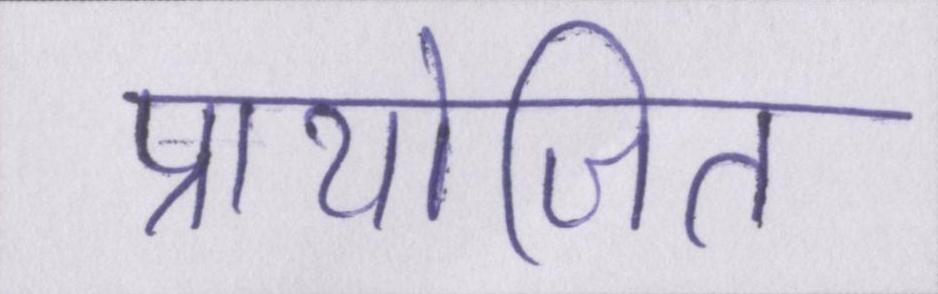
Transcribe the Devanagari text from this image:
प्रायोजित